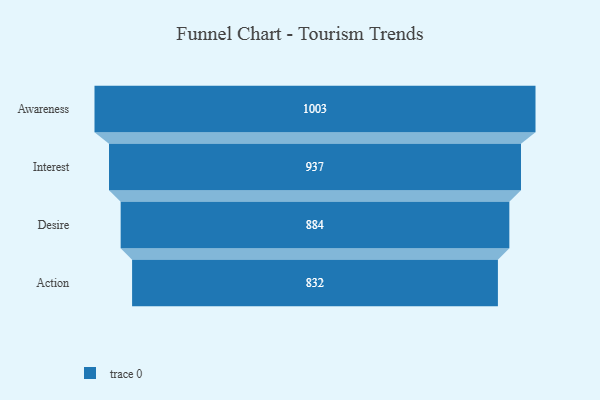
{"axis": {"x": "Stage", "y": "Value"}, "legend": [""], "data": [{"x": "Awareness", "y": 1003.0, "type": ""}, {"x": "Interest", "y": 937.0, "type": ""}, {"x": "Desire", "y": 884.0, "type": ""}, {"x": "Action", "y": 832.0, "type": ""}]}